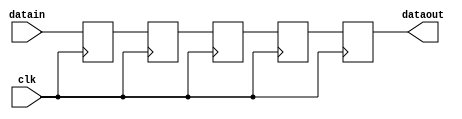
module delay2x5 (datain, dataout, clk);
    input[2 - 1:0] datain; 
    output[2 - 1:0] dataout; 
    wire[2 - 1:0] dataout;
    input clk; 
    reg[2 - 1:0] buff0; 
    reg[2 - 1:0] buff1; 
    reg[2 - 1:0] buff2; 
    reg[2 - 1:0] buff3; 
    reg[2 - 1:0] buff4; 
    assign dataout = buff4 ;
    always @(posedge clk)
    begin
       buff0 <= datain ; 
		buff1 <= buff0;
		buff2 <= buff1;
		buff3 <= buff2;
		buff4 <= buff3;
    end 
 endmodule